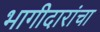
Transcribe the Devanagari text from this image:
भागीदारांचा